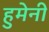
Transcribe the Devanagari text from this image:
हुमेनी